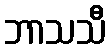
ဘာသသီ